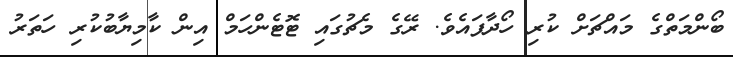
ބޯންމަތްގެ މައްޗަށް ކުރި ހޯދާފައެވެ. ރޭގެ މެޗުގައި ޓޮޓެންހަމް އިން ކާމިޔާބުކުރި ހަތަރު